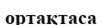
ортақтаса